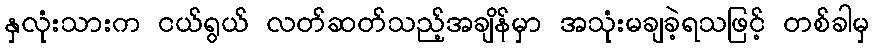
နှလုံးသားက ငယ်ရွယ် လတ်ဆတ်သည့်အချိန်မှာ အသုံးမချခဲ့ရသဖြင့် တစ်ခါမှ